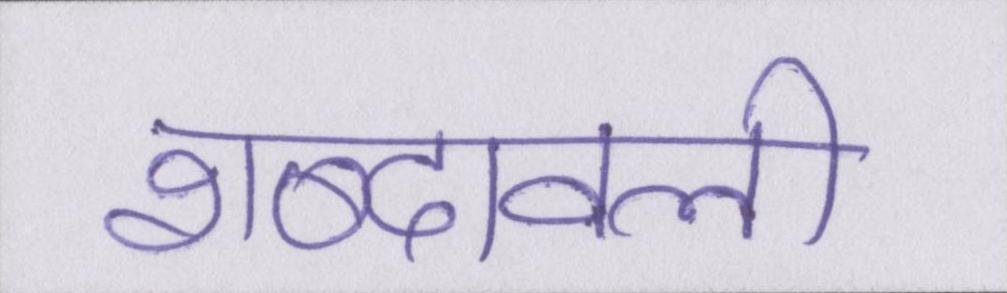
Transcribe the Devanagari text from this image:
शब्दावली